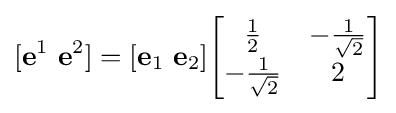
[\mathbf {e} ^{1}\ \mathbf {e} ^{2}]=[\mathbf {e} _{1}\ \mathbf {e} _{2}]{\begin{bmatrix}{\frac {1}{2}}&-{\frac {1}{\sqrt {2}}}\\-{\frac {1}{\sqrt {2}}}&2\end{bmatrix}}